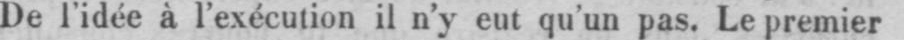
De l’idée à l’exécution il n’y eut qu’un pas. Le premier